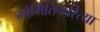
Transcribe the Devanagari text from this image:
भौमितिकरित्या